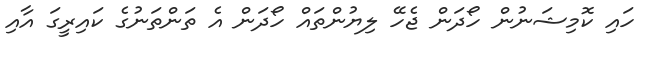
ހައި ކޮމިޝަނުން ހޯދަން ޖެހޭ ލިޔުންތައް ހޯދަން އެ ތަންތަނުގެ ކައިރީގަ އާއި